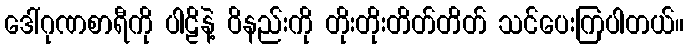
ဒေါ်ဂုဏစာရီကို ပါဠိနဲ့ ဝိနည်းကို တိုးတိုးတိတ်တိတ် သင်ပေးကြပါတယ်။